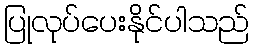
ပြုလုပ်ပေးနိုင်ပါသည်